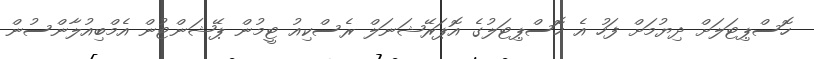
ހޮސްޕިޓަލަށް ދިޔުމަށް ފަހު އެ ހޮސްޕިޓަލުގެ އޮޕަރޭޝަނަލް ރެސްކިއު ޓީމުން ޕޭޝަންޓުން އެމްބިއުލާންސުން